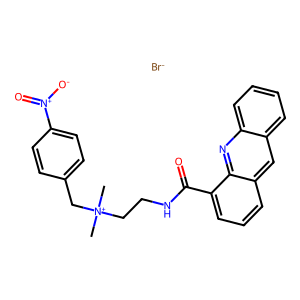
SMILES: C[N+](C)(CCNC(=O)c1cccc2cc3ccccc3nc12)Cc1ccc([N+](=O)[O-])cc1.[Br-]
Inhibits HIV replication: No